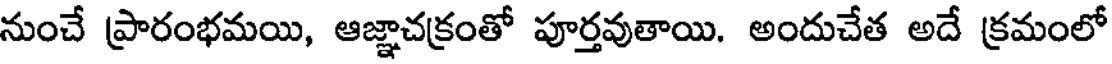
నుంచే ప్రారంభమయి, ఆజ్ఞాచక్రంతో పూర్తవుతాయి. అందుచేత అదే క్రమంలో